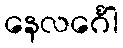
နေလင်္ဂေါ